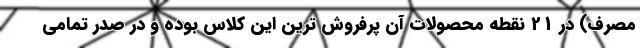
مصرف) در 21 نقطه محصولات آن پرفروش ترین این کلاس بوده و در صدر تمامی